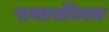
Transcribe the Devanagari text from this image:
रासायनियक